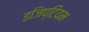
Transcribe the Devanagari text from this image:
इजिप्टियम